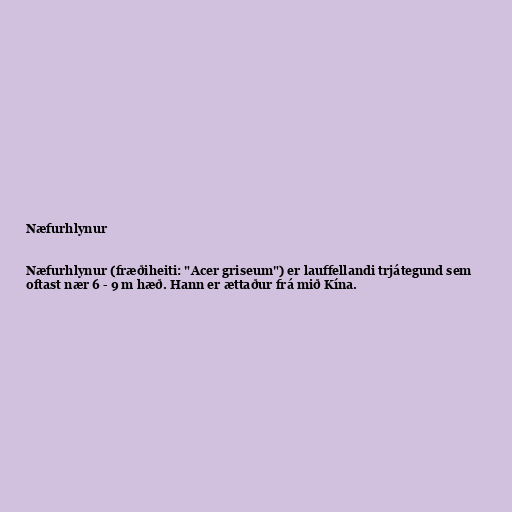
Næfurhlynur

Næfurhlynur (fræðiheiti: "Acer griseum") er lauffellandi trjátegund sem
oftast nær 6 - 9 m hæð. Hann er ættaður frá mið Kína.